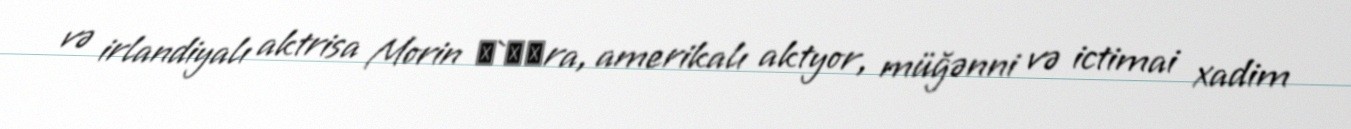
və irlandiyalı aktrisa Morin О`Хаra, amerikalı aktyor, müğənni və ictimai xadim